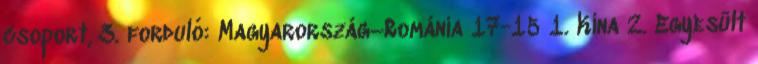
csoport, 3. forduló: Magyarország–Románia 17-15 1. Kína 2. Egyesült